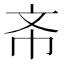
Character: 𭤔